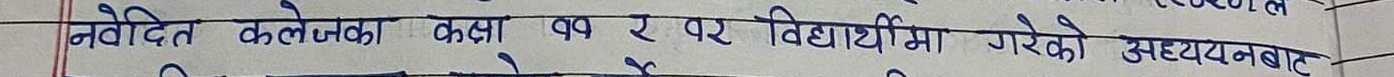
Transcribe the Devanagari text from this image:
नवदित कलेजका कक्षा ११ र १२ विद्यार्थीमा गरेको अध्ययनबाट